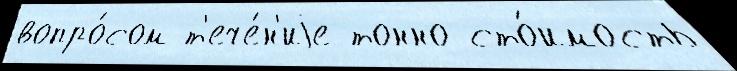
вопро́сом т'ече́н'иjе тонно сто́имость